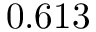
0 . 6 1 3